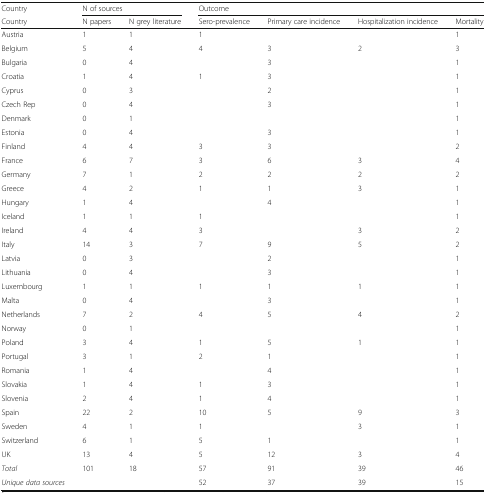
<table><thead><tr><td><b>Country</b></td><td colspan="2"><b>N of sources</b></td><td colspan="4"><b>Outcome</b></td></tr><tr><td><b>Country</b></td><td><b>N papers</b></td><td><b>N grey literature</b></td><td><b>Sero-prevalence</b></td><td><b>Primary care incidence</b></td><td><b>Hospitalization incidence</b></td><td><b>Mortality</b></td></tr></thead><tbody><tr><td>Austria</td><td>1</td><td>1</td><td>1</td><td></td><td></td><td>1</td></tr><tr><td>Belgium</td><td>5</td><td>4</td><td>4</td><td>3</td><td>2</td><td>3</td></tr><tr><td>Bulgaria</td><td>0</td><td>4</td><td></td><td>3</td><td></td><td>1</td></tr><tr><td>Croatia</td><td>1</td><td>4</td><td>1</td><td>3</td><td></td><td>1</td></tr><tr><td>Cyprus</td><td>0</td><td>3</td><td></td><td>2</td><td></td><td>1</td></tr><tr><td>Czech Rep</td><td>0</td><td>4</td><td></td><td>3</td><td></td><td>1</td></tr><tr><td>Denmark</td><td>0</td><td>1</td><td></td><td></td><td></td><td>1</td></tr><tr><td>Estonia</td><td>0</td><td>4</td><td></td><td>3</td><td></td><td>1</td></tr><tr><td>Finland</td><td>4</td><td>4</td><td>3</td><td>3</td><td></td><td>2</td></tr><tr><td>France</td><td>6</td><td>7</td><td>3</td><td>6</td><td>3</td><td>4</td></tr><tr><td>Germany</td><td>7</td><td>1</td><td>2</td><td>2</td><td>2</td><td>2</td></tr><tr><td>Greece</td><td>4</td><td>2</td><td>1</td><td>1</td><td>3</td><td>1</td></tr><tr><td>Hungary</td><td>1</td><td>4</td><td></td><td>4</td><td></td><td>1</td></tr><tr><td>Iceland</td><td>1</td><td>1</td><td>1</td><td></td><td></td><td>1</td></tr><tr><td>Ireland</td><td>4</td><td>4</td><td>3</td><td></td><td>3</td><td>2</td></tr><tr><td>Italy</td><td>14</td><td>3</td><td>7</td><td>9</td><td>5</td><td>2</td></tr><tr><td>Latvia</td><td>0</td><td>3</td><td></td><td>2</td><td></td><td>1</td></tr><tr><td>Lithuania</td><td>0</td><td>4</td><td></td><td>3</td><td></td><td>1</td></tr><tr><td>Luxembourg</td><td>1</td><td>1</td><td>1</td><td>1</td><td>1</td><td>1</td></tr><tr><td>Malta</td><td>0</td><td>4</td><td></td><td>3</td><td></td><td>1</td></tr><tr><td>Netherlands</td><td>7</td><td>2</td><td>4</td><td>5</td><td>4</td><td>2</td></tr><tr><td>Norway</td><td>0</td><td>1</td><td></td><td></td><td></td><td>1</td></tr><tr><td>Poland</td><td>3</td><td>4</td><td>1</td><td>5</td><td>1</td><td>1</td></tr><tr><td>Portugal</td><td>3</td><td>1</td><td>2</td><td>1</td><td></td><td>1</td></tr><tr><td>Romania</td><td>1</td><td>4</td><td></td><td>4</td><td></td><td>1</td></tr><tr><td>Slovakia</td><td>1</td><td>4</td><td>1</td><td>3</td><td></td><td>1</td></tr><tr><td>Slovenia</td><td>2</td><td>4</td><td>1</td><td>4</td><td></td><td>1</td></tr><tr><td>Spain</td><td>22</td><td>2</td><td>10</td><td>5</td><td>9</td><td>3</td></tr><tr><td>Sweden</td><td>4</td><td>1</td><td>1</td><td></td><td>3</td><td>1</td></tr><tr><td>Switzerland</td><td>6</td><td>1</td><td>5</td><td>1</td><td></td><td>1</td></tr><tr><td>UK</td><td>13</td><td>4</td><td>5</td><td>12</td><td>3</td><td>4</td></tr><tr><td><i>Total</i></td><td>101</td><td>18</td><td>57</td><td>91</td><td>39</td><td>46</td></tr><tr><td><i>Unique data sources</i></td><td></td><td></td><td>52</td><td>37</td><td>39</td><td>15</td></tr></tbody></table>